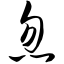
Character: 忽